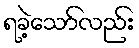
ရခဲ့သော်လည်း